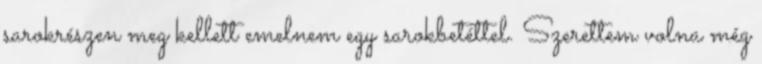
sarokrészen meg kellett emelnem egy sarokbetéttel. Szerettem volna még